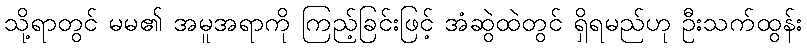
သို့ရာတွင် မမ၏ အမူအရာကို ကြည့်ခြင်းဖြင့် အံဆွဲထဲတွင် ရှိရမည်ဟု ဦးသက်ထွန်း